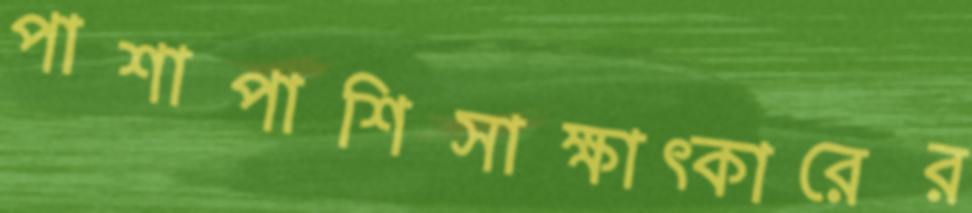
পাশাপাশিসাক্ষাত্কারের